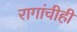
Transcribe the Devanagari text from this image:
रागांचीही